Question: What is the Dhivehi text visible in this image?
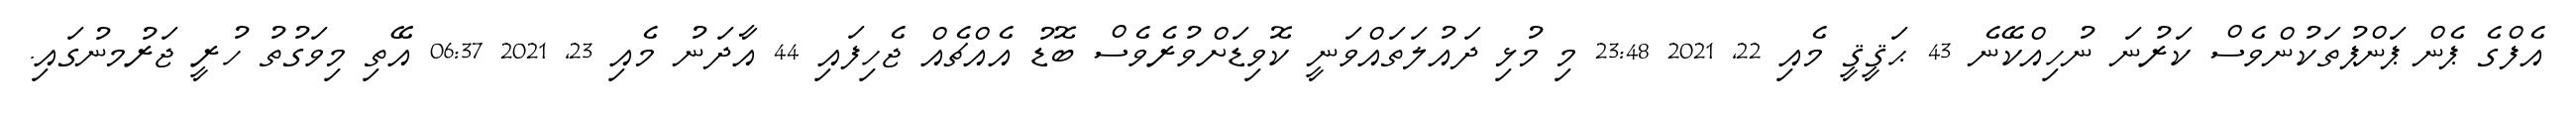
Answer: އެފްގެ ޕެން ޕަންޕުތަކުންވެސް ކަރުނަ ނުހިއްކޭނެ 43 ޙަޤީޤީ މެއި 22, 2021 23:48 މި މުޅި ދައުލަތައްވަނީ ކޮވިޑަށްވުރެވެސް ބޮޑު އެއްޗެއް ޖެހިފައި 44 އާދަނު މެއި 23, 2021 06:37 އޭތި މިވަގުތު ހުރީ ޖަރުމނުގައި.